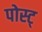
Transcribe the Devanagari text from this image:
पोस्ट्